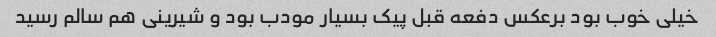
خیلی خوب بود برعکس دفعه قبل پیک بسیار مودب بود و شیرینی هم سالم رسید